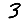
Digit: 3